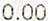
0.00